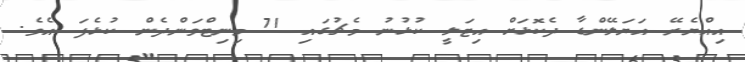
އިއްޔެރޭ އަޔަލޭންޑާ ދެކޮޅަށް އިޓަލީ ކުޅުނު މެޗުގައި 71 މިނިޓްވަންދެން ކުޅެފަ އެވެ.